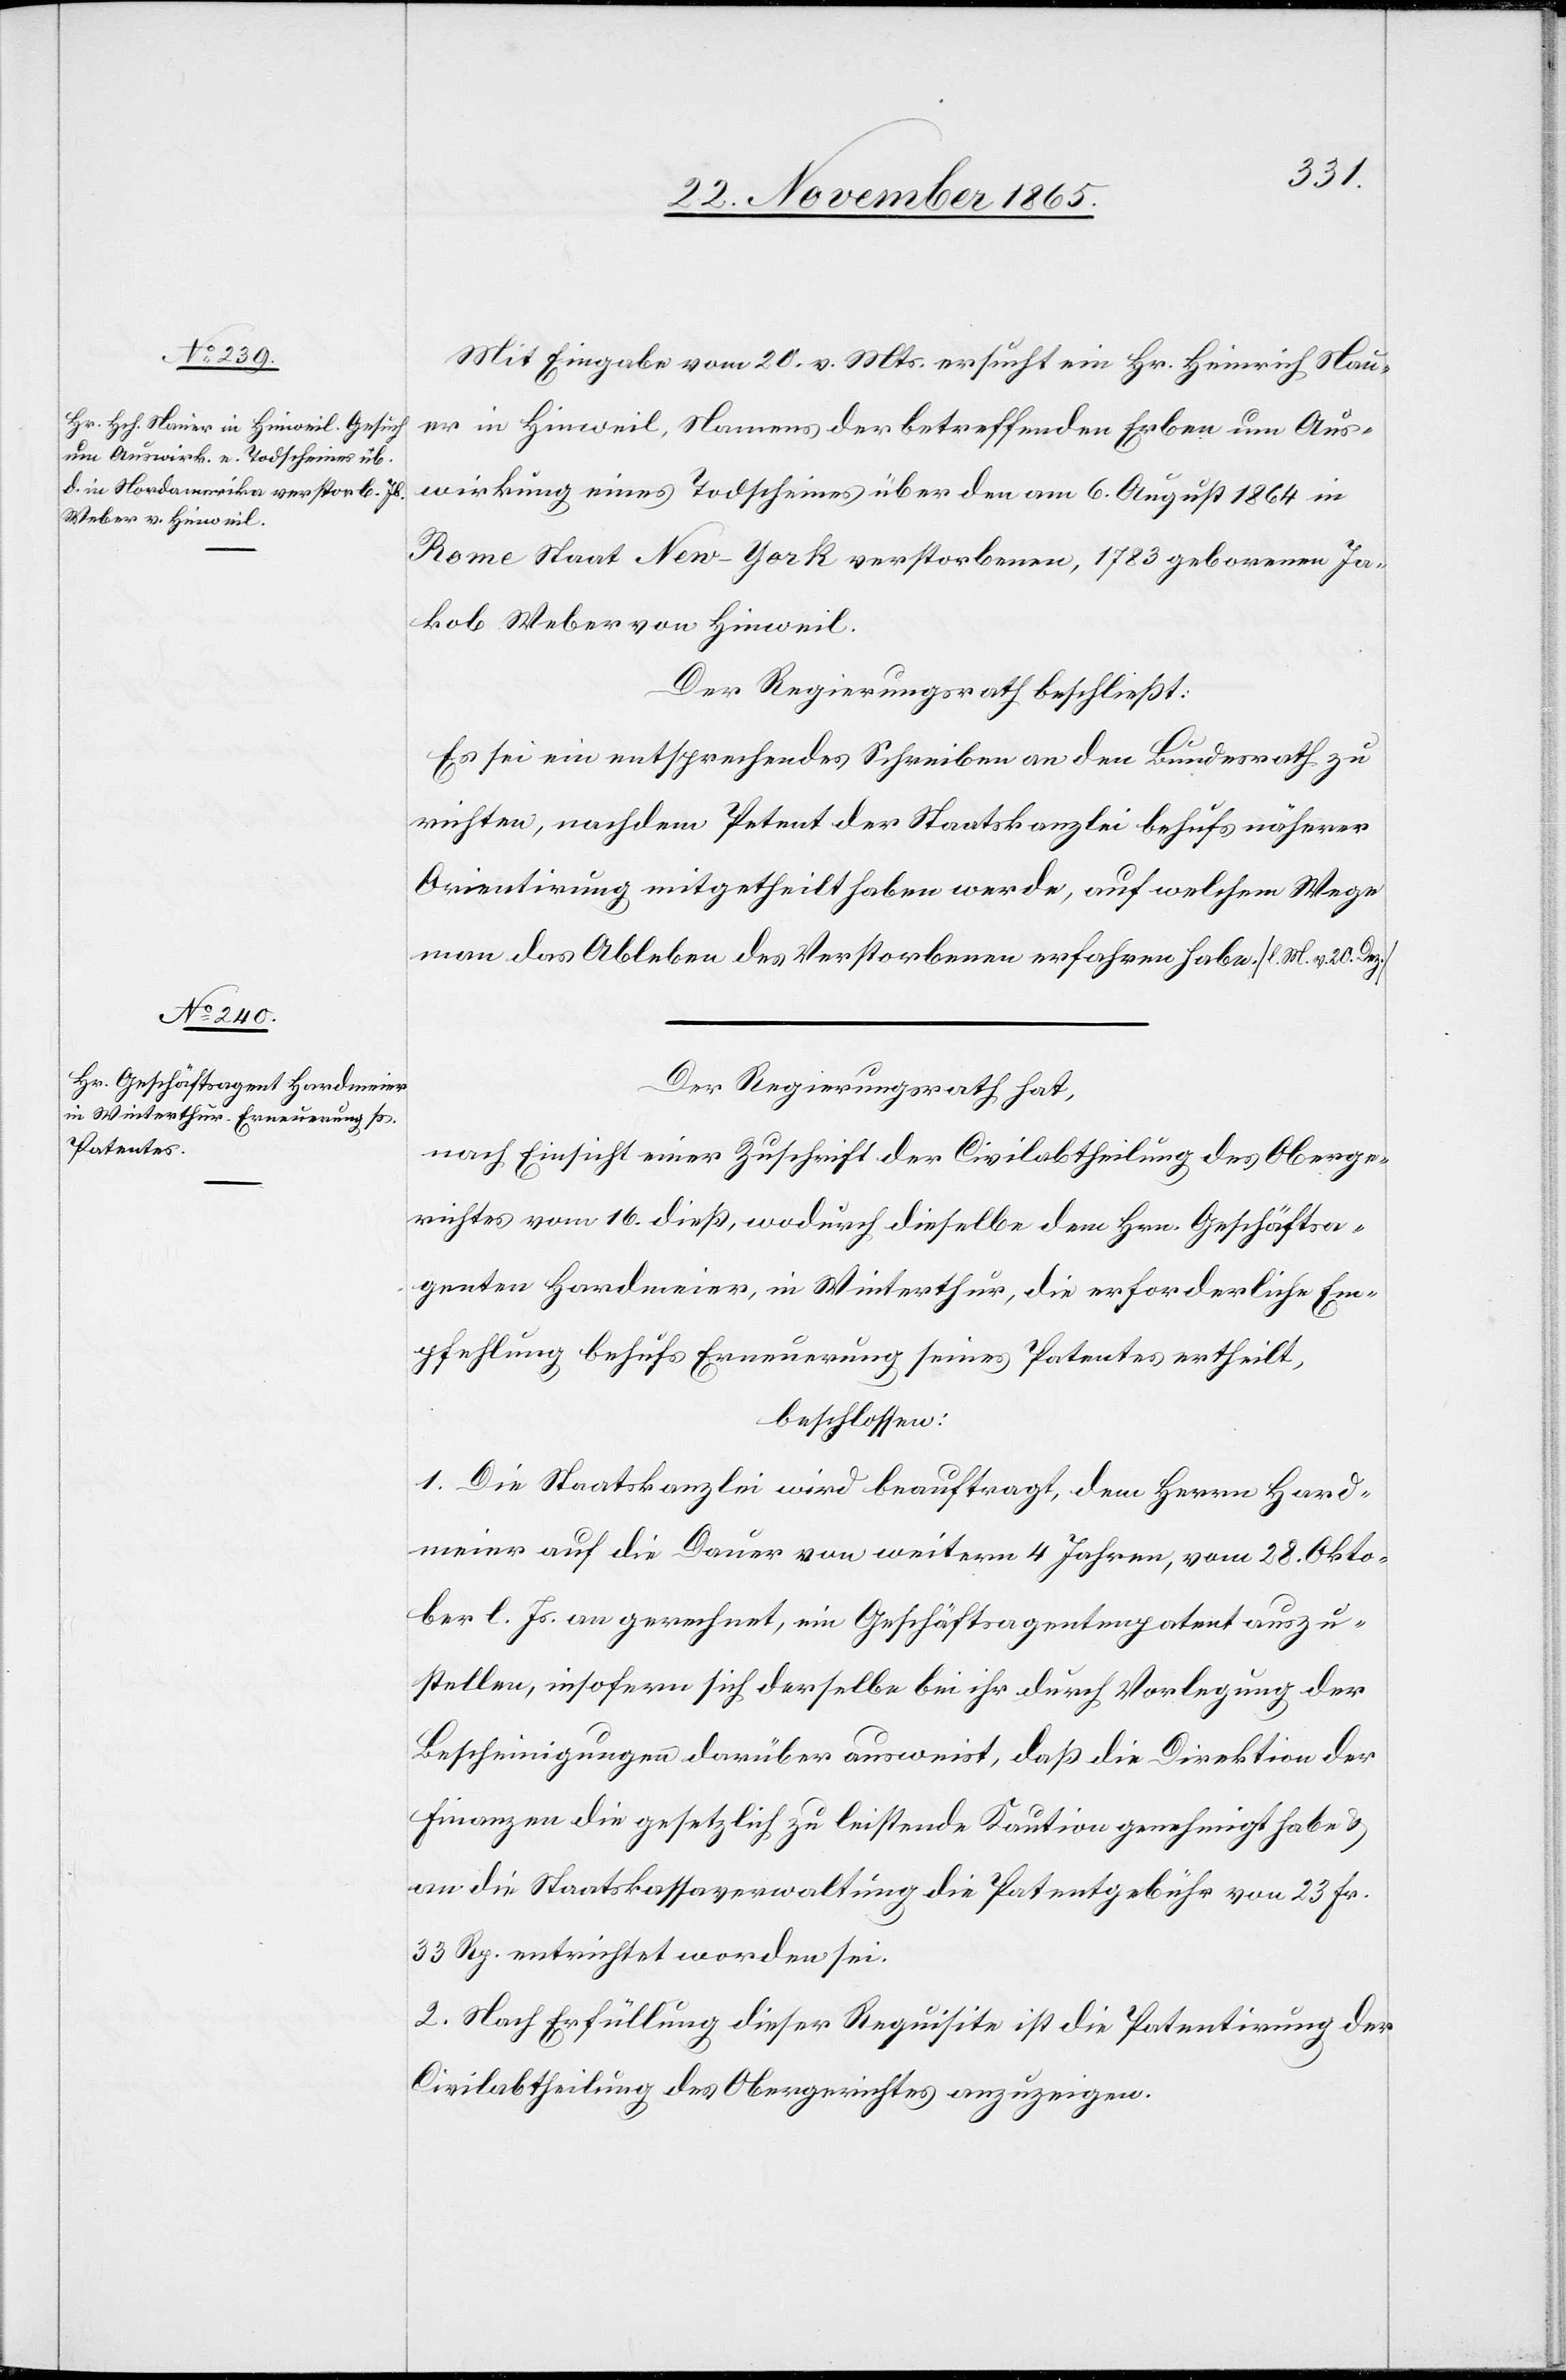
Mit Eingabe vom 20. v. Mts. ersucht ein Hr. Heinrich Nau¬
er in Hinweil, Namens der betreffenden Erben um Aus¬
wirkung eines Todscheines über den am 6. August 1864 in
Rome Staat New-York verstorbenen, 1783 geborenen Ja¬
kob Weber von Hinweil.
Der Regierungsrath beschließt:
Es sei ein entsprechendes Schreiben an den Bundesrath zu
richten, nachdem Petent der Staatskanzlei behufs näherer
Orientirung mitgetheilt haben werde, auf welchem Wege
man das Ableben des Verstorbenen erfahren habe. [l. M. v. 20. Dez.]
Der Regierungsrath hat,
nach Einsicht einer Zuschrift der Civilabtheilung des Oberge¬
richtes vom 16. dieß, wodurch dieselbe dem Hrn. Geschäftsa¬
genten Hardmeier, in Winterthur, die erforderliche Em¬
pfehlung behufs Erneuerung seines Patentes ertheilt,
beschlossen:
1. Die Staatskanzlei wird beauftragt, dem Herrn Hard¬
meier auf die Dauer von weitern 4 Jahren, vom 28. Okto¬
ber l. Js. an gerechnet, ein Geschäftsagentenpatent auszu¬
stellen, insofern sich derselbe bei ihr durch Vorlegung der
Bescheinigung darüber ausweist, daß die Direktion der
Finanzen die gesetzlich zu leistende Kaution genehmigt habe &
an die Staatskassaverwaltung die Patentgebühr von 23 Fr.
33 Rp. entrichtet worden sei.
2. Nach Erfüllung dieser Requisite ist die Patentirung der
Civilabtheilung des Obergerichtes anzuzeigen.